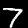
Digit: 7